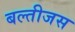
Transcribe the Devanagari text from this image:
बल्तीजस